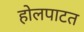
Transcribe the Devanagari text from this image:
होलपाटत